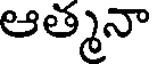
ఆత్మనా